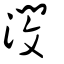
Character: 潣